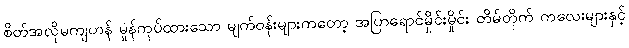
စိတ်အလိုမကျဟန် မှုန်ကုပ်ထားသော မျက်ဝန်းများကတော့ အပြာရောင်မှိုင်းမှိုင်း တိမ်တိုက် ကလေးများနှင့်